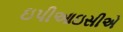
ઇપીઆઇસીએ